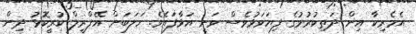
އެމެެރިކާ އިން ދަތިކުރުމުގެ ފިޔަވަޅުވެސް ވަނީ އަޅާފައެވެ. ހަލަބަށް އޭޕްރީލް ކުރީކޮޅު ދިން